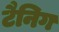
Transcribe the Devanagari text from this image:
टैनिग